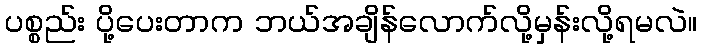
ပစ္စည်း ပို့ပေးတာက ဘယ်အချိန်လောက်လို့မှန်းလို့ရမလဲ။